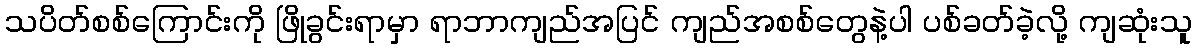
သပိတ်စစ်ကြောင်းကို ဖြိုခွင်းရာမှာ ရာဘာကျည်အပြင် ကျည်အစစ်တွေနဲ့ပါ ပစ်ခတ်ခဲ့လို့ ကျဆုံးသူ